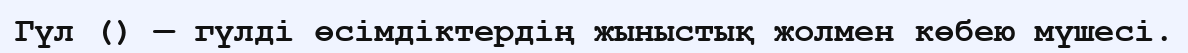
Гүл () — гүлді өсімдіктердің жыныстық жолмен көбею мүшесі.